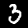
Label: 3